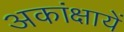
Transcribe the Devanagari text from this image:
अकांक्षायें